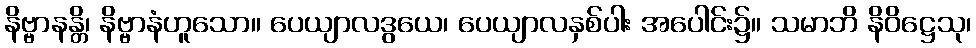
နိဗ္ဗာနန္တိ၊ နိဗ္ဗာနံဟူသော။ ပေယျာလဒွယေ၊ ပေယျာလနှစ်ပါး အပေါင်း၌။ သမာဘိ နိဝိဋ္ဌေသု၊